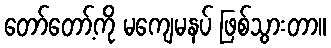
တော်တော့်ကို မကျေမနပ် ဖြစ်သွားတာ။